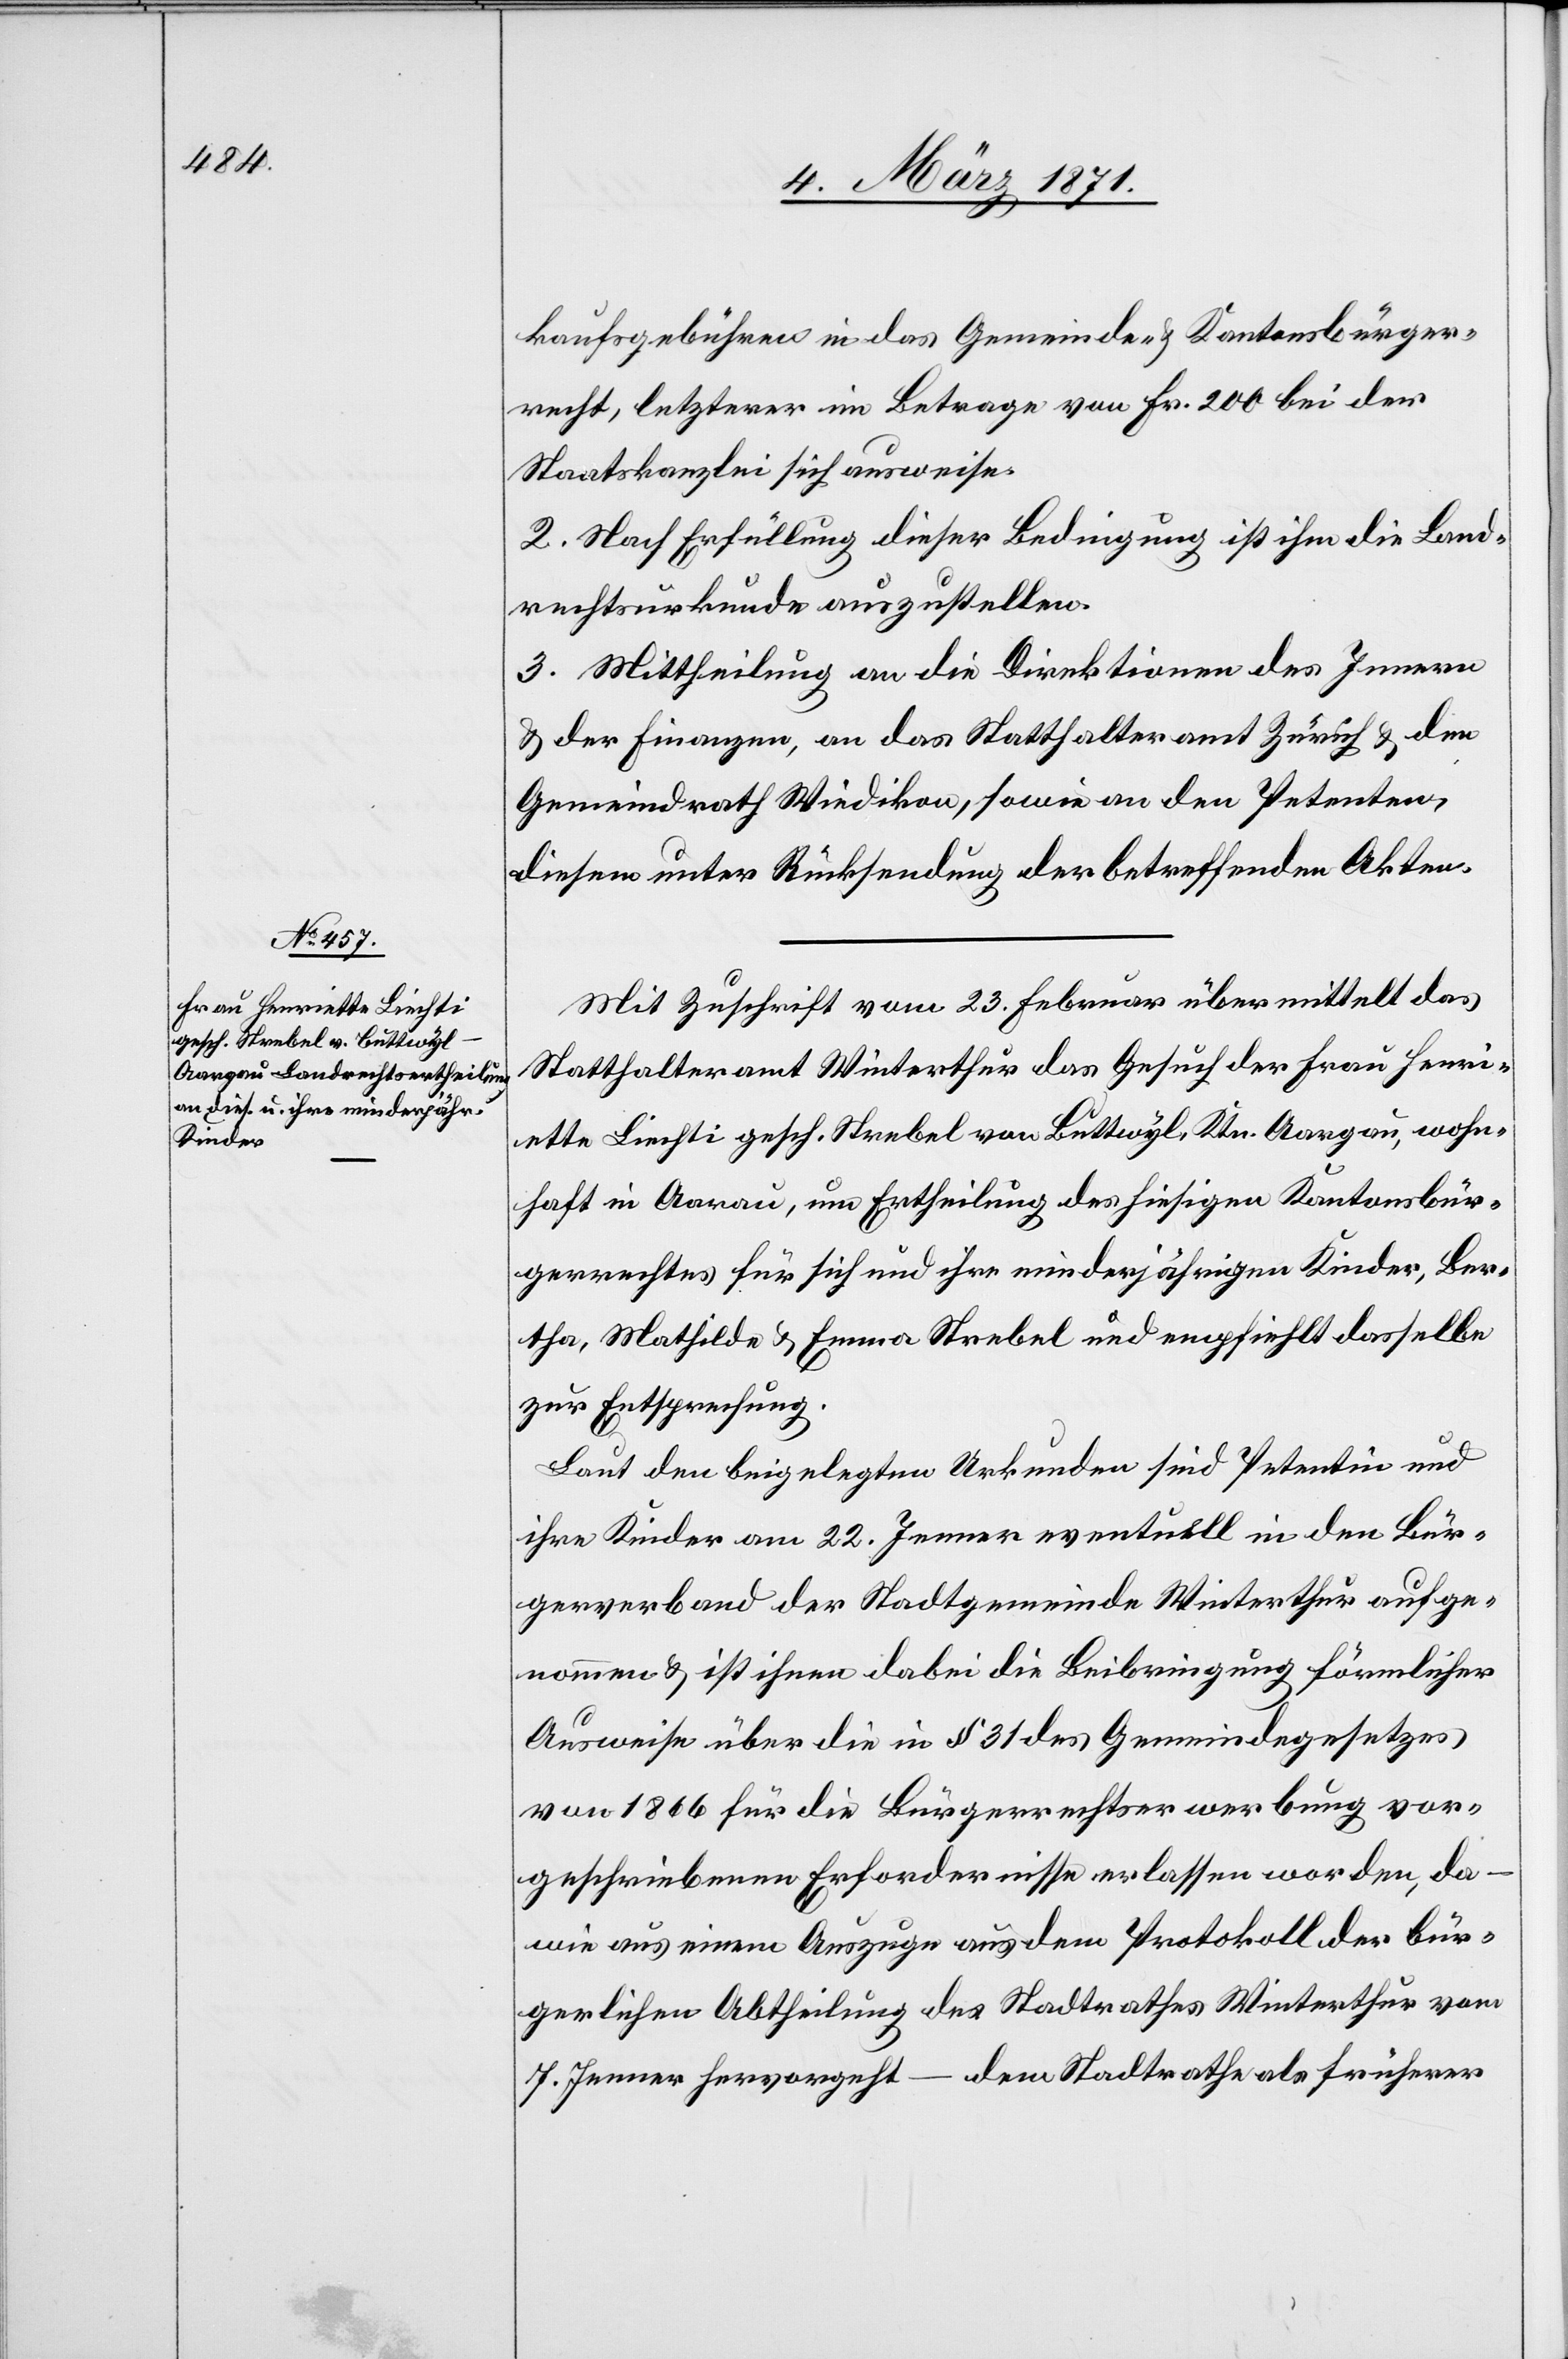
kaufsgebühren in das Gemeinde- u. Kantonsbürge¬
recht, letzterer im Betrage von Fr. 200 bei der
Staatskanzlei sich ausweise.
2. Nach Erfüllung dieser Bedingung ist ihm die Land¬
rechtsurkunde auszustellen.
3. Mittheilung an die Direktion des Innern
u. der Finanzen, an das Statthalteramt Zürich u. den
Gemeindrath Wiedikon, sowie an den Petenten,
diesem unter Rücksendung der betreffenden Akten.
Mit Zuschrift vom 23. Februar übermittelt das
Statthalteramt Winterthur das Gesuch der Frau Henri¬
ette Liechti gesch. Strebel von Buttwyl, Ktn. Aargau, wohn¬
haft in Aarau, um Ertheilung des hiesigen Kantonsbür¬
gerrechtes für sich und ihre minderjährigen Kinder, Ber¬
tha, Mathilde u. Emma Strebel und empfiehlt dasselbe
zur Entsprechung.
Laut den beigelegten Urkunden sind Petentin und
ihre Kinder am 22. Jenner eventuell in den Bür¬
gerverband der Stadtgemeinde Winterthur aufge¬
nommen u. ist ihnen dabei die Beibringung förmlicher
Ausweise über die in § 31 des Gemeindegesetztes
von 1866 für die Bürgerrechtserwerbung vor¬
geschriebenen Erfordernisse erlassen worden, da –
wie aus einem Auszuge aus dem Protokoll der bür¬
gerlichen Abtheilung des Stadtrathes Winterthur vom
7. Jenner hervorgeht – dem Stadtrathe als früherer